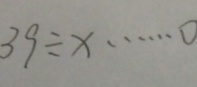
3 9 \div x \cdots 0